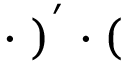
\cdot \bf { \Phi } ) ^ { ' } \cdot (